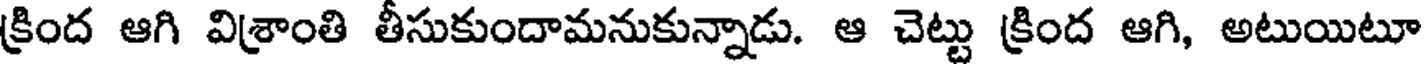
క్రింద ఆగి విశ్రాంతి తీసుకుందామనుకున్నాడు. ఆ చెట్టు క్రింద ఆగి, అటుయిటూ